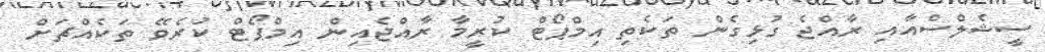
ސީޝެލްސްއާއި ރާއްޖެ ގުޅިގެން ތަކެތި އިމްޕޯޓް ކުރީމާ ރާއްޖެއިން އިމްޕޯޓް ކުރެވޭ ތަކެއްޗަށް